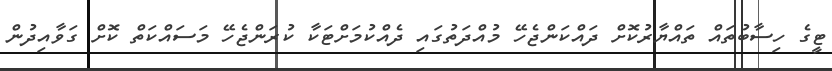
ޓީގެ ހިސާބުތައް ތައްޔާރުކޮށް ދައްކަންޖެހޭ މުއްދަތުގައި ދެއްކުމަށްޓަކާ ކުރަންޖެހޭ މަސައްކަތް ކޮށް ގަވާއިދުން